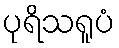
ပုရိသရူပံ